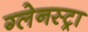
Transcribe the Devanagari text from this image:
ग्लेनस्ट्रा